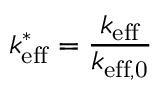
k _ { \mathrm { e f f } } ^ { * } = \frac { k _ { \mathrm { e f f } } } { k _ { \mathrm { e f f , 0 } } }